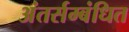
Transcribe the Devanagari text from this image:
अंतर्सम्बंधित